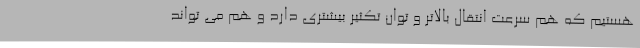
هستیم که هم سرعت انتقال بالاتر و توان تکثیر بیشتری دارد و هم می تواند